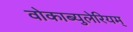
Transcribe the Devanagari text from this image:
वोकाब्युलेरियम्